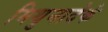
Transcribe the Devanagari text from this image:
मिथुनादेकं